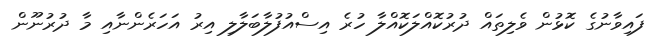
ފައިވާނުގެ ކޮޅުން ވެލިތައް ދުރުކޮއްލަކޮއްލާ ހުރެ އިސްއުފުލާބަލާލި އިރު އަހަރެންނާއި މާ ދުރުނޫން